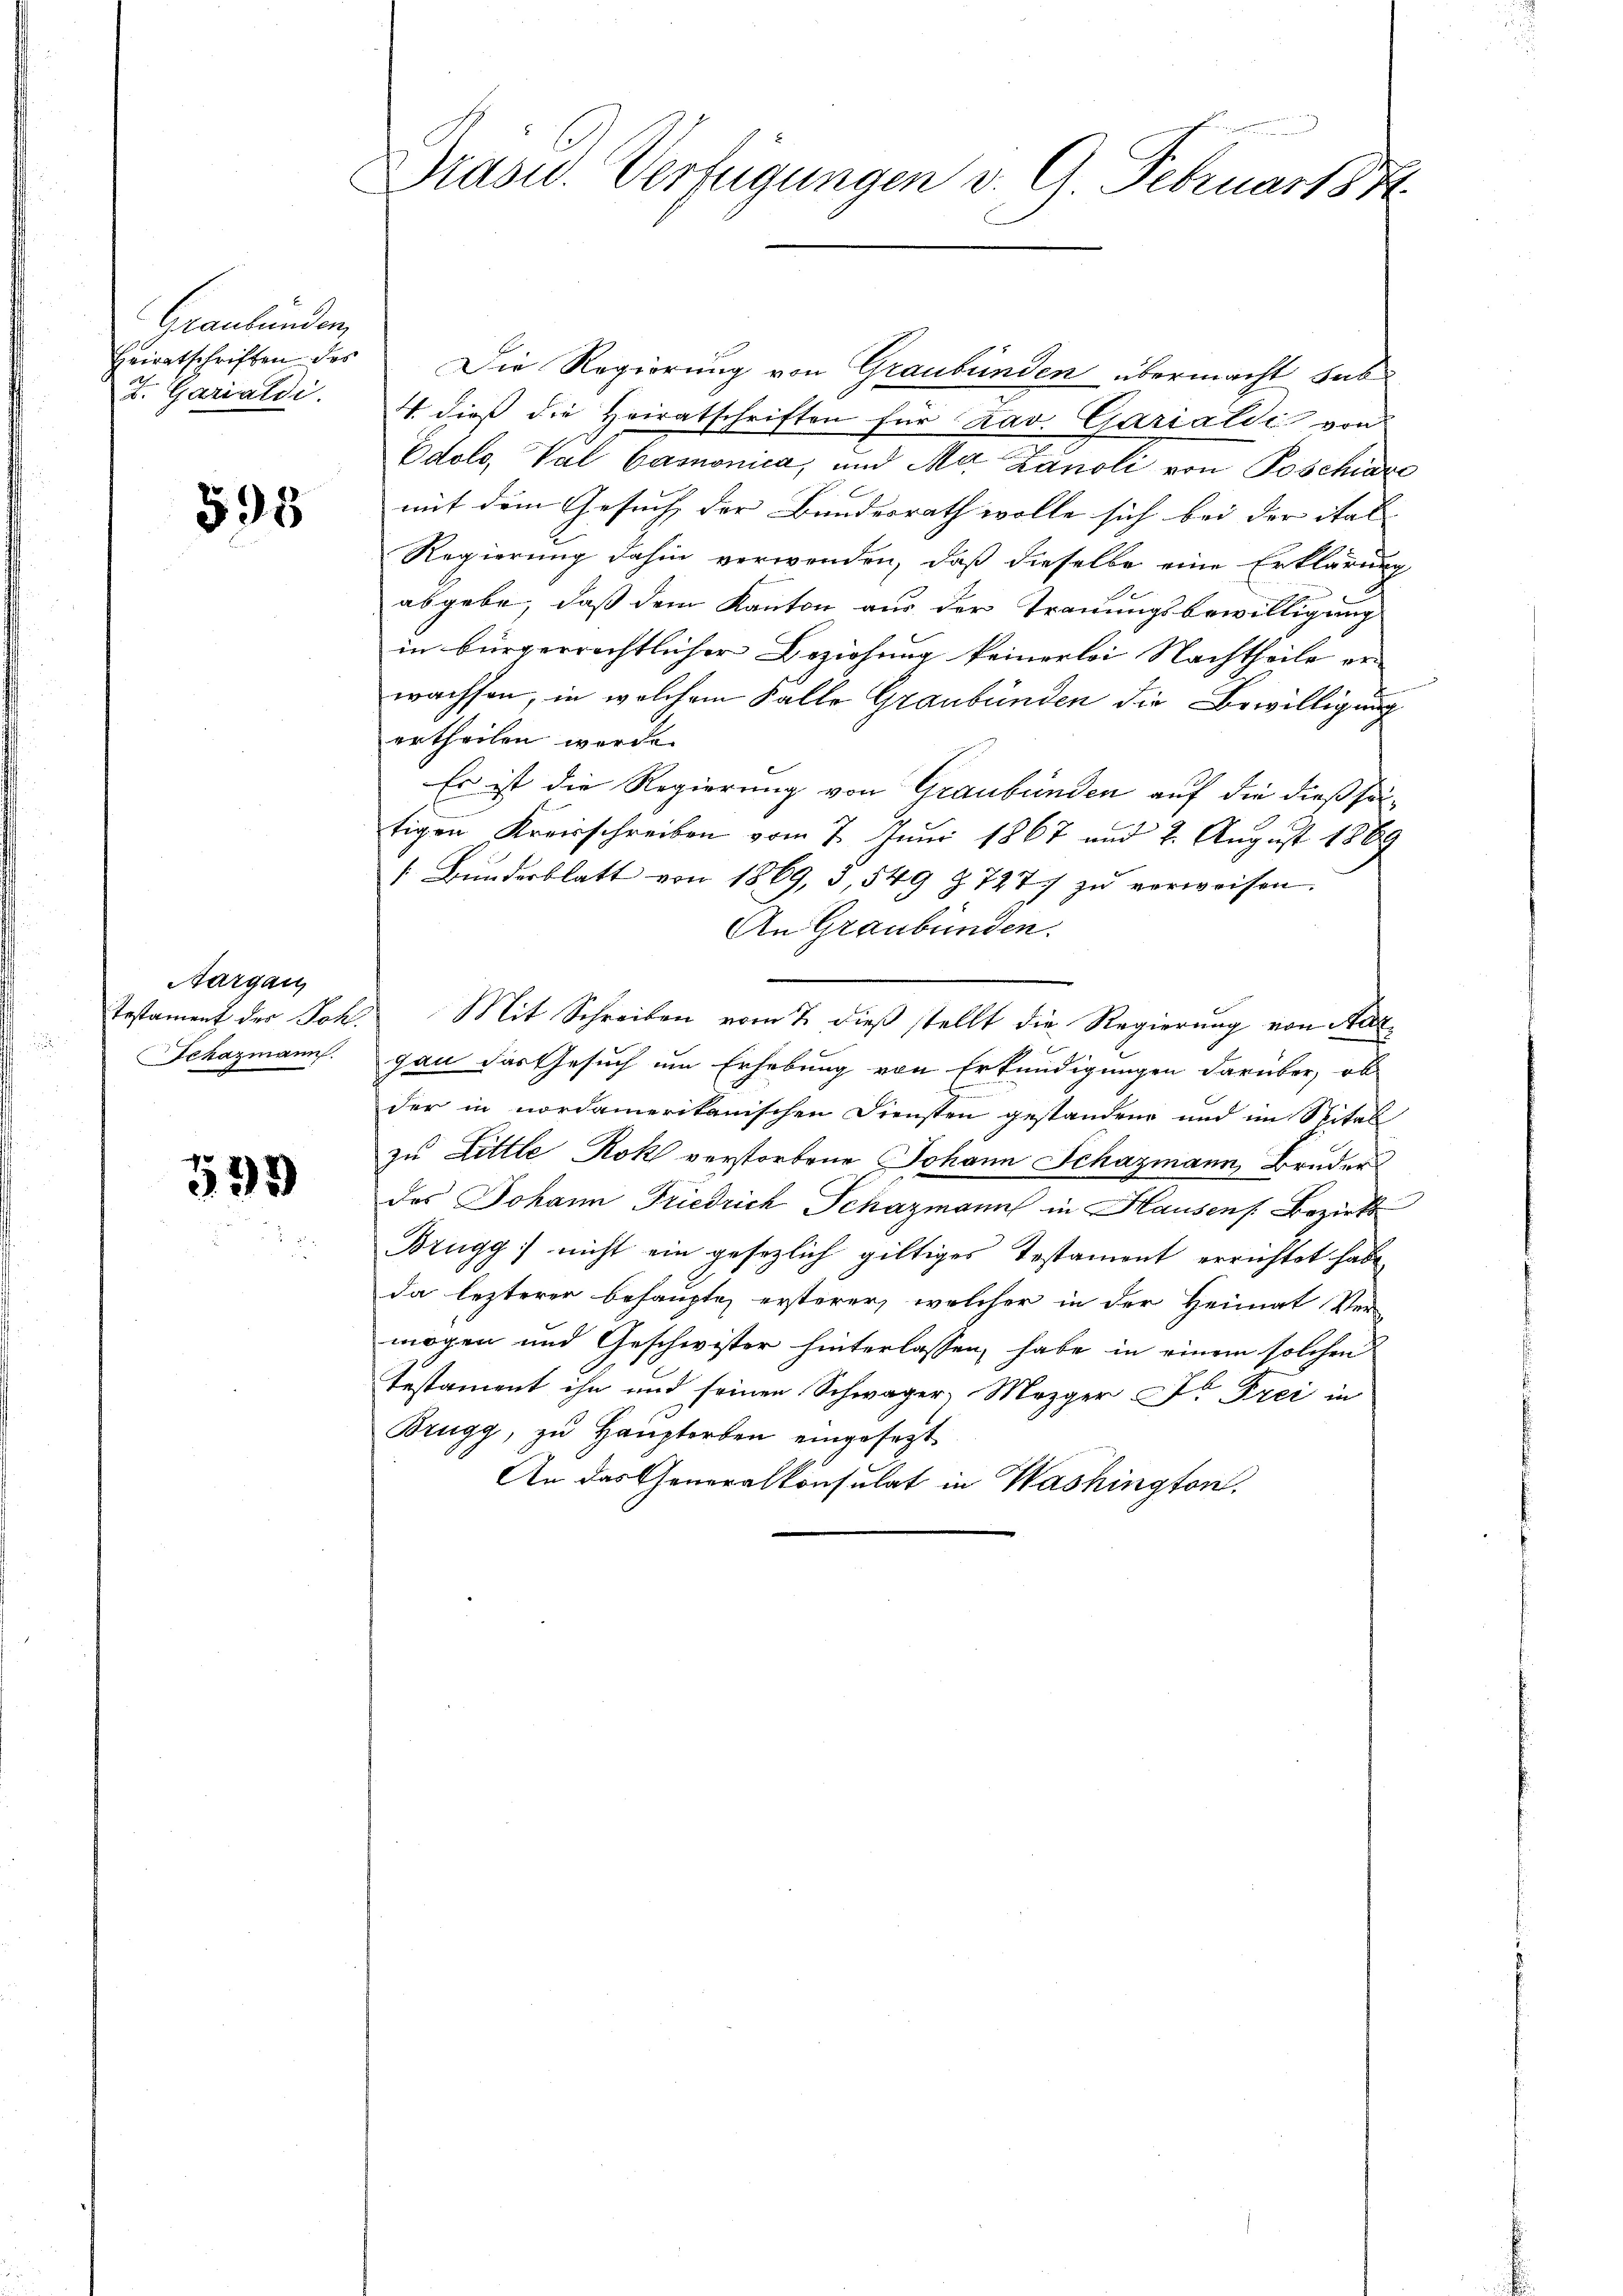
Graubünden,
Heiratschriften des
Z. Garialdi

595

Aargau,
Schazmann.

533

Präsid. Verfügungen v. G. Februart 8 St

Die Regierung von Graubünden übermacht hab
S. dieß die Heiratschriften für Kav. Garialdi von
Edolo, Val Canonica, und Ma Zanoli von Poschidre
mit dem Gesuch der Bundesrath wolle sich bei der ital
Regierung dahin verwenden, daß dieselbe eine Erklärung
abgebe, daß dem Kanton aus der Trauungsbewilligung
in bürgerrechtlicher Beziehung keinerlei Nachtheile er-
wachsen, in welchem Falle Graubünden die Bewilligung
ertheilen werde.
Es ist die Regierung von Graubünden auf die dießseitigen Kreisschreiben vom 7. Juni 1867 und 2. August 1869
 Bŭndesblatt von 1869, § 549 Z. 727 zŭ verweisen.
An Graubünden.
Testament der Joh. Mit Schreiben vom 7. dieß stellt die Regierung von Aargau das Gesuch um Erhebung von Erkundigungen darüber, ob
der in nordamerikanischen Diensten gestandene und im Spital
zu Little Rok verstorbene Johann Schazmann Bruder
des Johann Friedrich Schazmann in Hausen Bezirks
Brugg) nicht ein gesezlich giltiges Testament errichtet habe
da lezterer behaupte, ersterer, welcher in der Heimat Ver-
mögen und Geschwister hinterlassen, habe in einem solchen
Testament ihn und seinen Schwager, Mezger Dr Frei in
Brugg, zu Hauptorben eingesagt
An das Generalkonsulat in Washington.